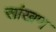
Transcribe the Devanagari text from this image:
सांखण